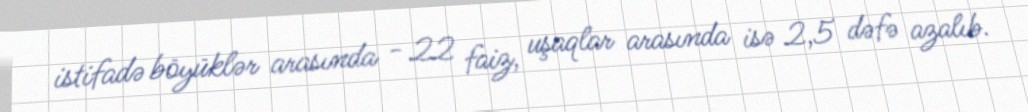
istifadə böyüklər arasında - 22 faiz, uşaqlar arasında isə 2,5 dəfə azalıb.